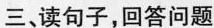
三、读句子，回答问题